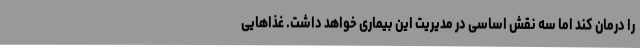
را درمان کند اما سه نقش اساسی در مدیریت این بیماری خواهد داشت. غذاهایی